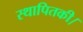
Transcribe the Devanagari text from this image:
स्थापितकी।